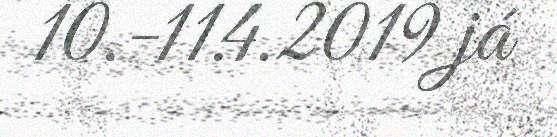
10.-11.4.2019 já